Lunatic asylums United Provinces 1899-1908 - 1899-1908
Year: 1899
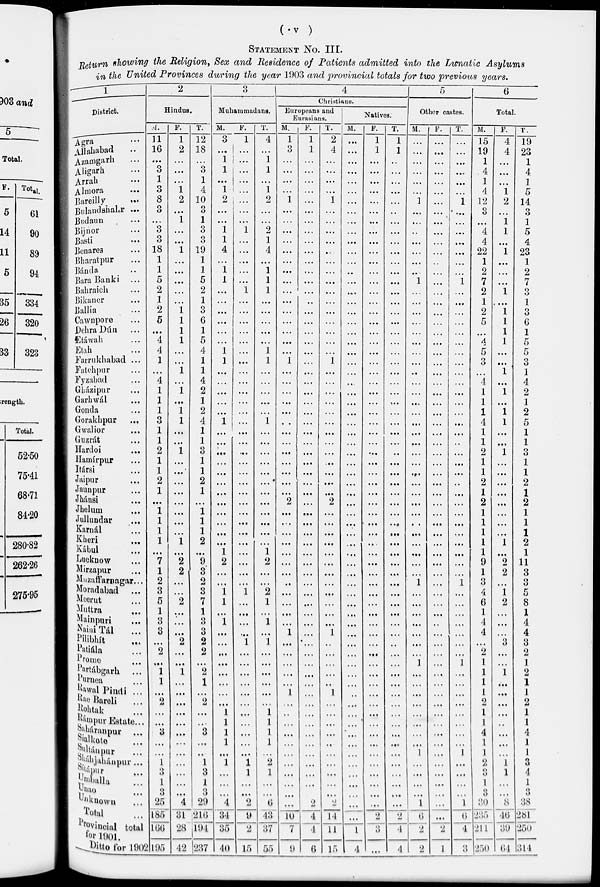
(V)
STATEMENT NO. III.
Return showing the Religion, Sex and Residence of Patients admitted into the Lunatic Asylums
in the United Provinces during the year 1903 and provincial totals for two previous years.
1
District.
Agra ...
Allahabad ...
Azamgarh ...
Aligarh ...
Arrah ...
Almora
...
Bareilly ...
Bulandshahr ...
Budaun ...
Bijnor ...
Basti ...
Benares ...
Bharatpur ...
Bánda ...
BaraBanki
...
Bahraich ...
Bikaner ...
Ballia ...
Cawnpore ...
Dehra Dún ...
Etáwah ...
Etah ...
Farrukhabad ...
Fatehpur ...
Fyzabad ...
Gházipur ...
Garhwál ...
Gonda ...
Gorakhpur ...
Gwalior ...
Guzrát ...
Hardoi ...
Hamírpur ...
Itársi ...
Jaipur ...
Jaunpur ...
Jhánsi ...
Jhelum ...
Jullundar ...
Karnál ...
Kheri ...
Kábul ...
Lucknow ...
Mirzapur ...
Muzaffarnagar ...
Moradabad
...
Meerut ...
Muttra ...
Mainpuri ...
Naini Tál
...
Pilibhít ...
Patiála ...
Prome ...
Partábgarh ...
Purnea ...
Rawal Pindi ...
Rae Bareli ...
Rohtak ...
Rámpur Estate ...
Saháranpur
...
Sialkote ...
Sultánpur ...
Sháhjahánpur
...
Sítápur ...
Umballa ...
Unao ...
Unknown ...
Total ...
Provincial total
for 1901.
Ditto for 1902
2
Hindus.
M.
11
16
...
3
1
3
8
3
...
3
3
18
1
1
5
2
1
2
5
...
4
4
1
...
4
1
1
1
3
1
1
2
1
1
2
1
...
1
1
1
1
...
7
1
2
3
5
1
3
3
...
2
...
1
1
...
2
...
...
3
...
...
1
...
1
3
25
185
166
195
F.
1
2
...
...
...
1
2
...
1
...
...
1
...
...
...
...
...
1
1
1
1
...
...
1
...
1
...
1
1
...
...
1
...
...
...
...
...
...
...
...
1
...
2
2
...
...
2
...
...
...
2
...
...
1
...
...
...
...
...
...
...
...
...
...
...
...
4
31
28
42
T.
12
18
...
3
1
4
10
3
1
3
3
19
1
1
5
2
1
3
6
1
5
4
1
1
4
2
1
2
4
1
1
3
1
1
2
1
...
1
1
1
2
...
9
3
2
3
7
1
3
3
2
2
...
2
1
...
2
...
...
3
...
...
1
3
1
3
29
216
194
237
3
Muhammadans.
M.
3
...
1
1
...
1
2
...
...
1
1
4
...
1
1
...
...
...
...
...
...
1
1
...
...
...
...
...
1
...
...
...
...
...
...
...
...
...
...
...
...
1
2
...
...
1
1
...
1
...
...
...
...
...
...
...
...
1
1
1
1
...
1
...
...
...
4
34
35
40
F.
1
...
...
...
...
...
...
...
...
1
...
...
...
...
...
1
...
...
...
...
...
...
...
...
...
...
...
...
...
...
...
...
...
...
...
...
...
...
...
...
...
...
...
...
...
1
...
...
...
...
1
...
...
...
...
...
...
...
...
...
...
...
l
1
...
...
2
9
2
15
T.
4
...
1
1
...
1
2
...
...
2
1
4
...
1
1
1
...
...
...
...
...
1
1
...
...
...
...
...
1
...
...
...
...
...
...
...
...
...
...
...
...
1
2
...
...
2
1
...
1
...
1
...
...
...
...
...
...
1
1
1
1
...
2
1
...
...
6
43
37
55
4
Christians.
Europeans and
Eurasians.
M.
1
3
...
...
...
...
1
...
...
...
...
...
...
...
...
...
...
...
...
...
...
...
1
...
...
...
...
...
...
...
...
...
...
...
...
...
2
...
...
...
...
...
...
...
...
...
...
...
...
1
...
...
...
...
...
1
...
...
...
...
...
...
...
...
...
...
...
10
7
9
F.
1
1
...
...
...
...
...
...
...
...
...
...
...
...
...
...
...
...
...
...
...
...
...
...
...
...
...
...
...
...
...
...
...
...
...
...
...
...
...
...
...
...
...
...
...
...
...
...
...
...
...
...
...
...
...
...
...
...
...
...
...
...
2
4
4
6
T.
2
4
...
...
...
...
1
...
...
...
...
...
...
...
...
...
...
...
...
...
...
...
1
...
...
...
...
...
...
...
...
...
...
...
...
...
2
...
...
...
...
...
...
...
...
...
...
...
...
1
...
...
...
...
...
1
...
...
...
...
...
...
...
...
...
...
2
14
11
15
Natives.
M.
...
...
...
...
...
...
...
...
...
...
...
...
...
...
...
...
...
...
...
...
...
...
...
...
...
...
...
...
...
...
...
...
...
...
...
...
...
...
...
...
...
...
...
...
...
...
...
...
...
...
...
...
...
...
...
...
...
...
...
...
...
...
...
...
...
...
...
...
1
4
F.
1
1
...
...
...
...
...
...
...
...
...
...
...
...
...
...
...
...
...
...
...
...
...
...
...
...
...
...
...
...
...
...
...
...
...
...
...
...
...
...
...
...
...
...
...
...
...
...
...
...
...
...
...
...
...
...
...
...
...
...
...
...
...
...
...
...
2
3
...
T.
1
1
...
...
...
...
...
...
...
...
...
...
...
...
...
...
...
...
...
...
...
...
...
...
...
...
...
...
...
...
...
...
...
...
...
...
...
...
...
...
...
...
...
...
...
...
...
...
...
...
...
...
...
...
...
...
...
...
...
...
...
...
...
...
...
...
...
2
4
4
5
Other castes.
M.
...
...
...
...
...
...
1
...
...
..
...
...
...
...
1
...
...
...
...
...
...
...
...
...
...
...
....
...
...
...
...
...
...
...
...
...
...
...
...
...
...
...
...
...
1
...
...
...
...
...
...
...
1
...
...
...
...
...
...
...
...
1
....
....
...
...
1
6
2
2
F.
...
...
...
...
...
...
...
...
...
...
...
...
...
...
...
...
...
...
...
...
...
...
...
...
...
...
...
...
...
...
...
...
...
...
...
...
...
...
...
...
...
...
...
...
...
...
...
...
...
...
...
...
...
...
...
...
...
...
...
...
...
...
...
...
...
...
...
...
2
1
T.
...
...
...
...
...
...
1
...
...
...
...
...
...
...
1
...
...
...
...
...
...
...
...
...
...
...
...
...
...
...
...
...
...
...
...
...
...
...
...
...
...
...
...
...
1
...
...
...
...
...
...
...
1
...
...
...
...
...
...
...
...
1
...
...
...
...
1
...
4
3
6
Total.
M.
15
19
1
4
1
4
12
3
...
4
4
22
1
2
7
2
1
2
5
...
4
5
3
...
4
1
1
1
4
1
1
2
1
1
2
1
2
1
1
1
1
1
9
1
3
4
6
1
4
4
...
2
1
1
1
1
2
1
1
4
1
1
2
3
1
3
30
235
211
250
F.
4
4
...
...
...
1
2
...
1
1
...
1
...
...
...
1
....
1
1
1
1
...
...
1
...
1
...
1
1
...
...
1
...
...
...
...
...
...
...
...
1
...
2
2
...
1
2
...
...
...
3
...
...
1
...
...
...
...
...
...
...
...
1
1
...
...
8
46
39
64
T.
19
23
1
4
1
5
14
3
1
5
4
23
1
2
7
3
1
3
6
1
5
5
3
1
4
2
1
2
5
1
1
3
1
1
2
1
2
1
1
1
2
1
11
3
3
5
8
1
4
4
3
2
1
2
1
1
2
1
1
4
1
1
3
4
1
3
38
281
250
314